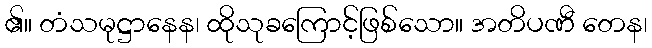
၏။ တံသမုဋ္ဌာနေန၊ ထိုသုခကြောင့်ဖြစ်သော။ အတိပဏီ တေန၊